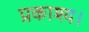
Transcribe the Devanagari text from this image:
प्रकाश्य।